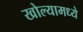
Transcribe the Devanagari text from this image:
खोल्यामध्ये